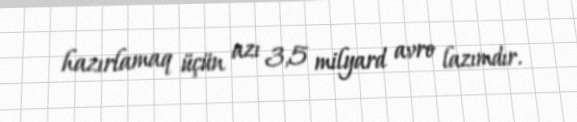
hazırlamaq üçün azı 3,5 milyard avro lazımdır.